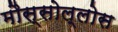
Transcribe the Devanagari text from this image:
मौस्सोल्लोस